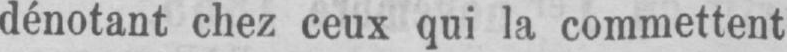
dénotant chez ceux qui la commettent